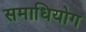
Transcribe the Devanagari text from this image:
समाधियोग